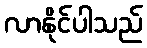
လာနိုင်ပါသည်